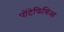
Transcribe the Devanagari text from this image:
पोंटेफिसिआ